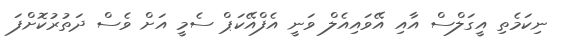
ނިކަމެތި އީގަލްސް އާއި އޭވައިއެލް ވަނީ އެފްއޭކަޕް ސެމީ އަށް ވެސް ދަތުރުކޮށްފަ